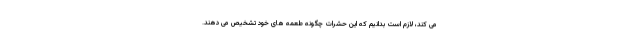
می کند، لازم است بدانیم که این حشرات چگونه طعمه های خود تشخیص می دهند.